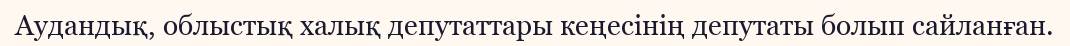
Аудандық, облыстық халық депутаттары кеңесінің депутаты болып сайланған.